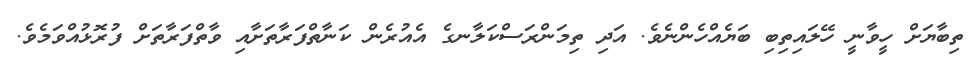
ތިބާޔަށް ހީވާނީ ހޭލައިތިބި ބަޔެއްހެންނެވެ. އަދި ތިމަންރަސްކަލާނގެ އެއުރެން ކަނާތްފަރާތަށާއި ވާތްފަރާތަށް ފުުރޮޅުއްވަމެވެ.